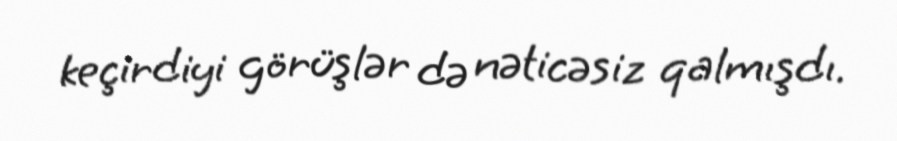
keçirdiyi görüşlər də nəticəsiz qalmışdı.